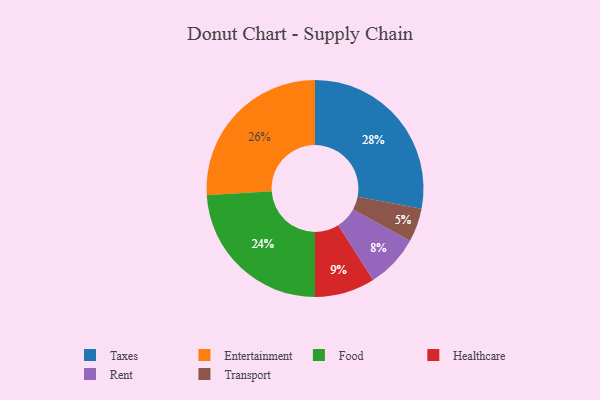
{"axis": {"x": "Category", "y": "Percentage"}, "legend": ["Entertainment", "Food", "Healthcare", "Rent", "Taxes", "Transport"], "data": [{"x": "Entertainment", "y": 26, "type": "Entertainment"}, {"x": "Taxes", "y": 28, "type": "Taxes"}, {"x": "Food", "y": 24, "type": "Food"}, {"x": "Healthcare", "y": 9, "type": "Healthcare"}, {"x": "Rent", "y": 8, "type": "Rent"}, {"x": "Transport", "y": 5, "type": "Transport"}]}